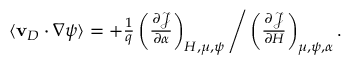
\begin{array} { r } { \langle \mathbf { v } _ { D } \cdot \nabla \psi \rangle = + \frac { 1 } { q } \left( \frac { \partial \mathcal { J } } { \partial \alpha } \right) _ { H , \mu , \psi } \Bigg / \left( \frac { \partial \mathcal { J } } { \partial H } \right) _ { \mu , \psi , \alpha } . } \end{array}